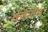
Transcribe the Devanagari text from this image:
कीनॉन